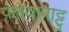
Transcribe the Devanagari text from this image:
पलैयापाट्टु